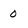
Character: 0